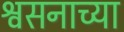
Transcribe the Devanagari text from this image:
श्वसनाच्या